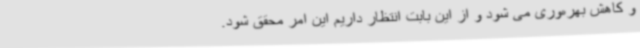
و کاهش بهره‌وری می شود و از این بابت انتظار داریم این امر محقق شود.